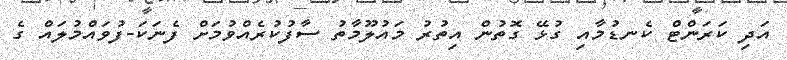
އަދި ކަރަންޓް ކެނޑުމާއި ގުޅޭ ގޮތުން އިތުރު މައުލޫމާތު ސާފުކުރެއްވުމަށް ފެނަކަ-ފުވައްމުލައް ގެ